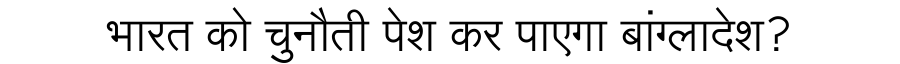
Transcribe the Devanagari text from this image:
भारत को चुनौती पेश कर पाएगा बांग्लादेश?